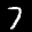
Label: 7